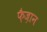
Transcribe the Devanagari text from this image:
फ़ैज़ान